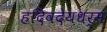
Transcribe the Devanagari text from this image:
हदिवदेयधर्म